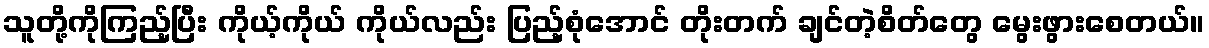
သူတို့ကိုကြည့်ပြီး ကိုယ့်ကိုယ် ကိုယ်လည်း ပြည့်စုံအောင် တိုးတက် ချင်တဲ့စိတ်တွေ မွေးဖွားစေတယ်။